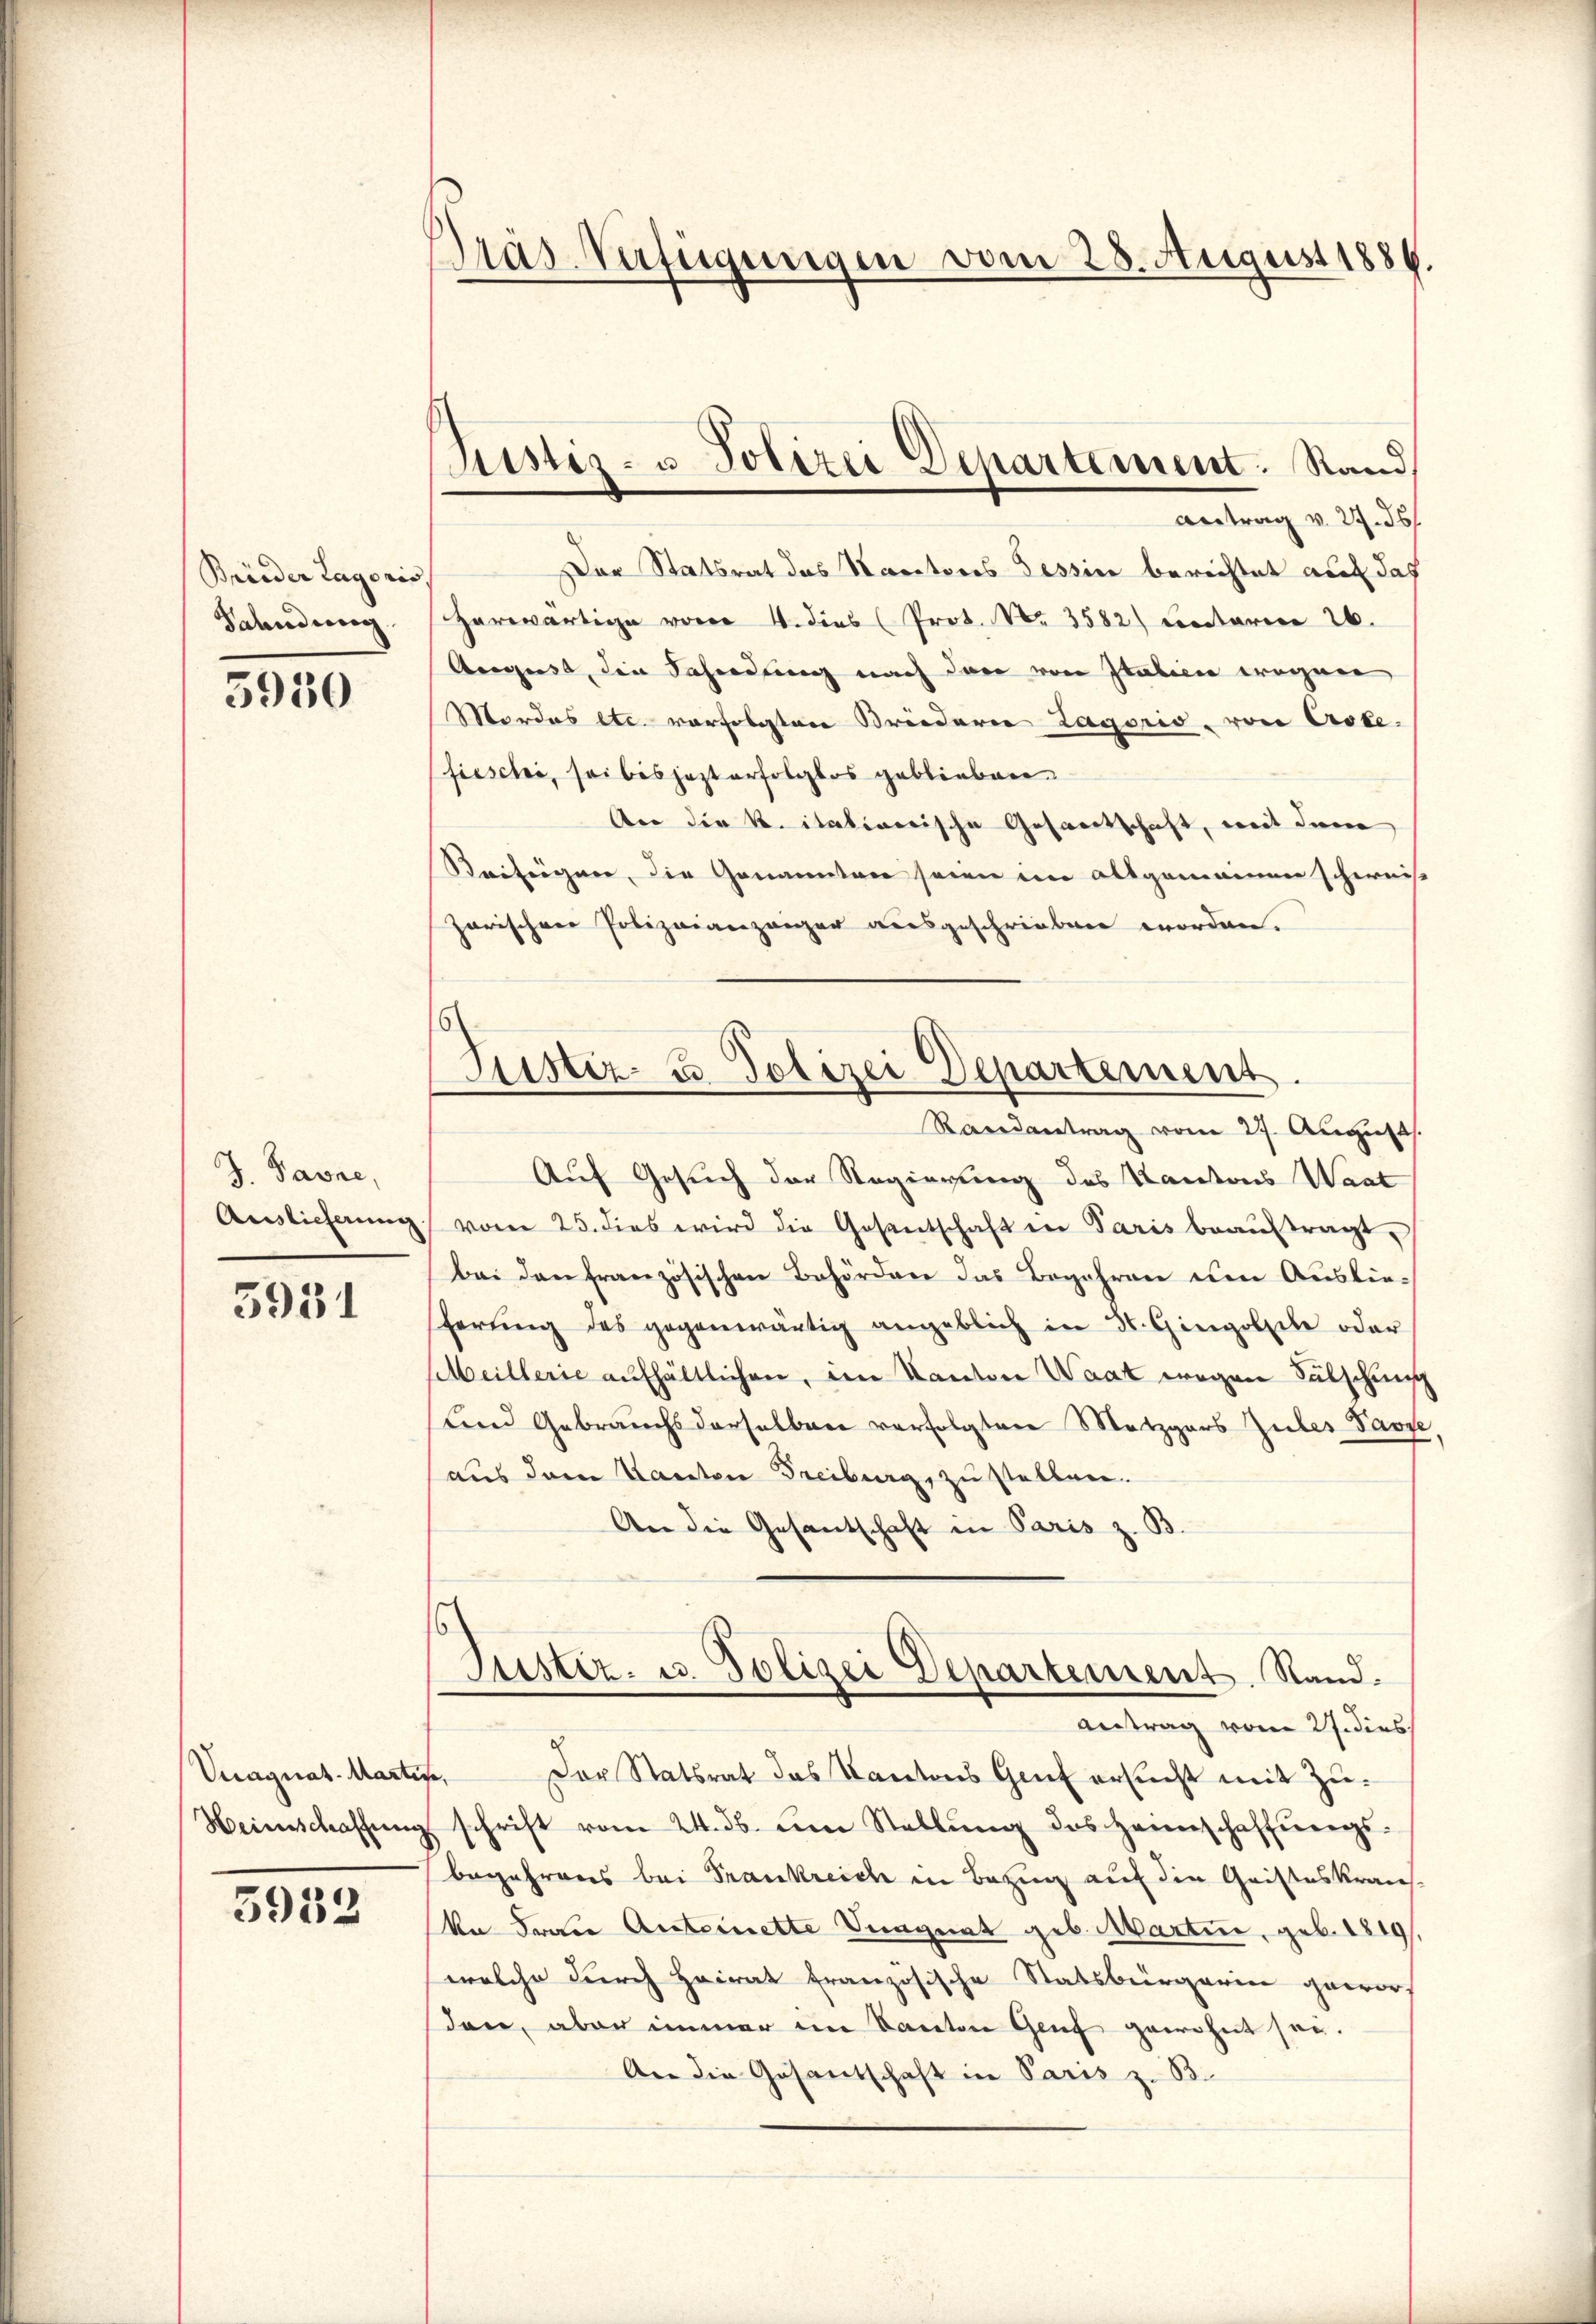
Brueder Lagoris
Sahndung

5930

J. Pavre,
Auslieferung

5931

Vuagnat Martis
Heinschaffung

5933

Pras Verfügungen vom 28. August 1886.

Justiz- u Polizei Departement. Stand

Antrag v. 27. 36
Der Statsrat das Karitores Tession berichtet auf das
Herwärtige vom 4. dies (Prot. Nr. 3582) Lecetarien 26.
August, die Fahndung nach den von Italien wegen
Mordes etc. vorfolgten Briedern Lagoris von Erste-
fieschi, sei bis jezt erfolglos geblieben.
An die k. italionische Gesantschaft, mit dene
Seifügen, die Genannten seien im allgemeinen scherniß
zorischen Polizeianzaiger ausgeschrieben worden.
Randantrag vom 27. August.
Auf Gesuch der Regierung des Kantons Waat
vom 25. dies wird die Gesentschaft in Paris beauftragt,
bei den französischen Behörden das Begehren um Auslieferŭng des gegenwärtig angeblich in St. Gingolele oder
seillerie aufhältlichen, im Kanton Waat wegen Fälschung
und Gebrauchs derselben verfolgten Metzgars Gutes Parze
aus dem Kanton Freiburg, zu stellen.
An die Gesantschaft in Paris z. B.
Justiz- u. Polizei Departement. Stand.
Antrag vom 27. dies
Der Statsrat das Kantons Genf ersucht mit Zuseschrift vom 24. ds. um Stellung des Heimschaffungs-
begehrens bei Frankreich in Bezug auf die Geisteskrans¬
An Frau Ansteinette Signat geb. Martin, geb. 1819
welche durch Heirat französische Statsbürgerin gewor-
den, aber immer im Kanton Genf gewohnt sei.
An die Gesantschaft in Paris z. B.

Justiz- & Polizei Departement.